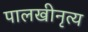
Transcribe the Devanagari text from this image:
पालखीनृत्य